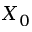
X _ { 0 }